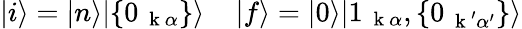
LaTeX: |i\rangle=|n\rangle|\{ 0_{\mathrm{~\mathbf~k~}\alpha}\} \rangle\; \; \; \; |f\rangle=|0\rangle|1_{\mathrm{~\mathbf~k~}\alpha},\{ 0_{\mathrm{~\mathbf~k~}^{\prime}\alpha^{\prime}}\} \rangle